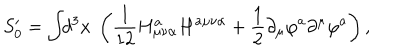
LaTeX: S _ { 0 } ^ { \prime } = \int \! \! d ^ { 3 } x ~ \left( \frac 1 { 1 2 } H _ { \mu \nu \alpha } ^ { a } H ^ { a \mu \nu \alpha } + \frac 1 2 \partial _ { \mu } \varphi ^ { a } \partial ^ { \mu } \varphi ^ { a } \right) ,